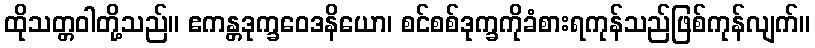
ထိုသတ္တဝါတို့သည်။ ဧကန္တဒုက္ခဝေဒနိယော၊ စင်စစ်ဒုက္ခကိုခံစားရကုန်သည်ဖြစ်ကုန်လျက်။